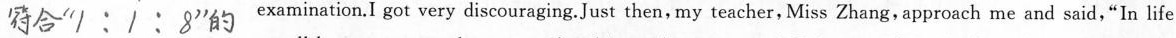
##符合"1:1:8"的##examination.I got very discouraging.Just then, my teacher, Miss Zhang, approach me and said,"In life